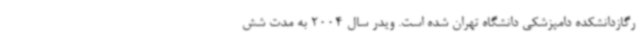
رگازدانشکده دامپزشکی دانشگاه تهران شده است. ویدر سال 2004 به مدت شش